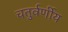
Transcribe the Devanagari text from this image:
चतुर्वर्णीय